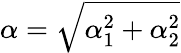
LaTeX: \alpha=\sqrt{\alpha_{1}^{2}+\alpha_{2}^{2}}